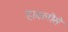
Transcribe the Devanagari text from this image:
हाबलोसे